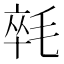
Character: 㲞